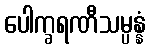
ပေါက္ခရဏီသမ္ပန္နံ